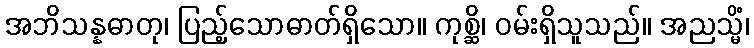
အဘိသန္နဓာတု၊ ပြည့်သောဓာတ်ရှိသော။ ကုစ္ဆိ၊ ဝမ်းရှိသူသည်။ အညသ္မိံ၊